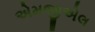
એમજીએલ